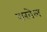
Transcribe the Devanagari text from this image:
राखेल